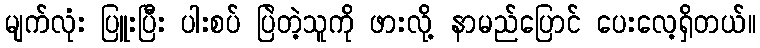
မျက်လုံး ပြူးပြီး ပါးစပ် ပြဲတဲ့သူကို ဖားလို့ နာမည်ပြောင် ပေးလေ့ရှိတယ်။